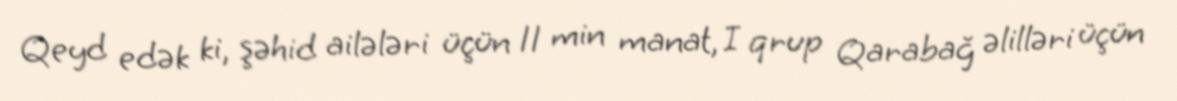
Qeyd edək ki, şəhid ailələri üçün 11 min manat, I qrup Qarabağ əlilləri üçün